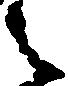
之